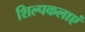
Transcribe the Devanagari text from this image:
शिल्पकलाएं